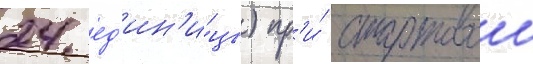
24 ед'ин'и́цы) пр'и́ стартовои